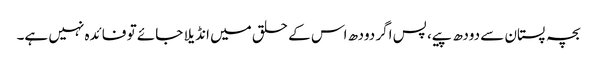
بچہ پستان سے دودھ پیے، پس اگر دودھ اس کے حلق میں انڈیلا جائے تو فائدہ نہیں ہے۔